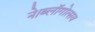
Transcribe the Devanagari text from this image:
ने।ब्लॉगोत्सव